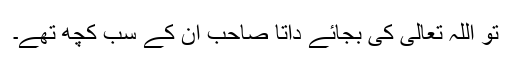
تو اللہ تعالیٰ کی بجائے داتا صاحب ان کے سب کچھ تھے۔